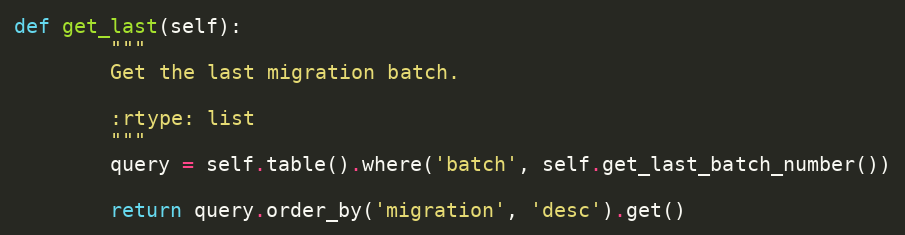
Language: Python
def get_last(self):
        """
        Get the last migration batch.

        :rtype: list
        """
        query = self.table().where('batch', self.get_last_batch_number())

        return query.order_by('migration', 'desc').get()